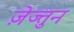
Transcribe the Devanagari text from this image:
ज़ेज्तुन